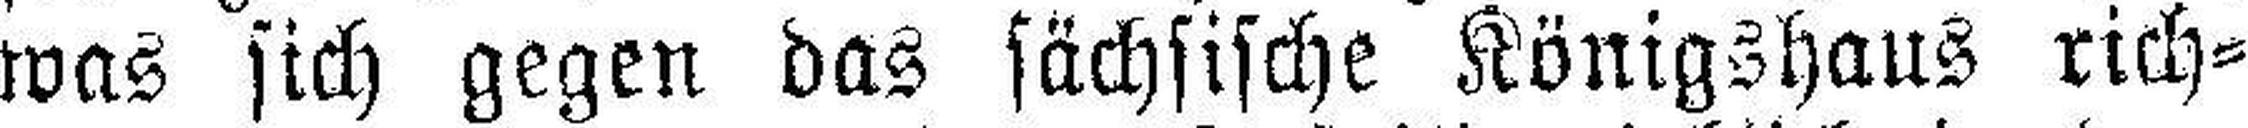
was sich gegen das sächsische Königshaus rich¬